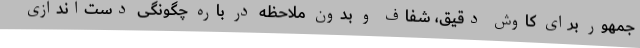
جمهور برای کاوش دقیق، شفاف و بدون ملاحظه در باره چگونگی دست‌اندازی